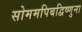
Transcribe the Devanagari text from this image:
सोममपिबद्विष्णुना